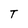
Character: T